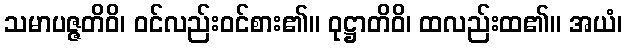
သမာပဇ္ဇတိဝိ၊ ဝင်လည်းဝင်စား၏။ ဝုဋ္ဌာတိဝိ၊ ထလည်းထ၏။ အယံ၊